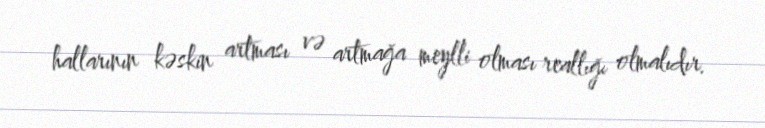
hallarının kəskin artması və artmağa meylli olması reallığı olmalıdır.